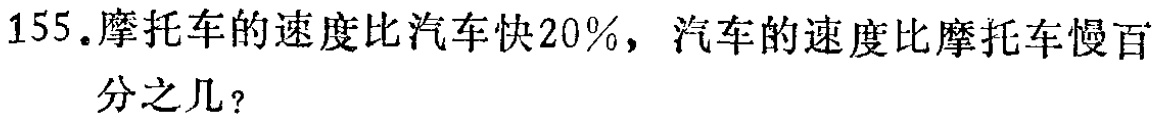
155.摩托车的速度比汽车快20%，汽车的速度比摩托车慢百分之几？